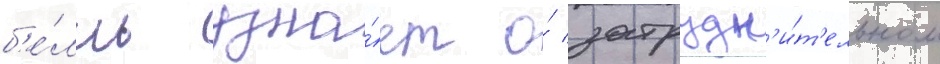
б'е́лль узна́ет о́ затрудн'и́т'ельном